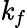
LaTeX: \mathit{k}_{f}